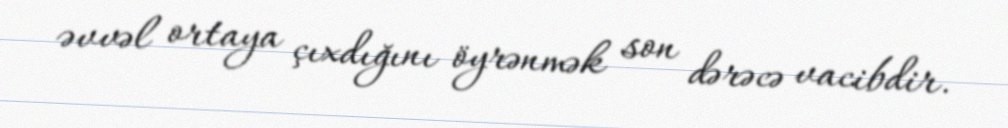
əvvəl ortaya çıxdığını öyrənmək son dərəcə vacibdir.